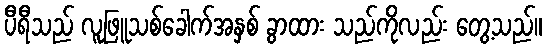
ပီရီသည် လူဖြူသစ်ခေါက်အနှစ် ခွာထား သည်ကိုလည်း တွေ့သည်။